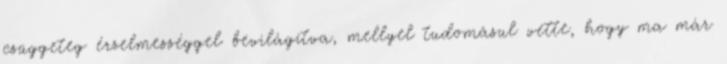
csüggeteg érzelmességgel bevilágítva, mellyel tudomásul vette, hogy ma már